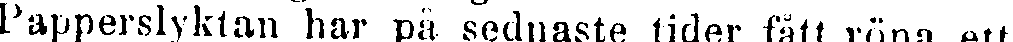
Papperslyktan har på sednaste tider fått röna ett